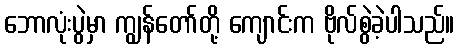
ဘောလုံးပွဲမှာ ကျွန်တော်တို့ ကျောင်းက ဗိုလ်စွဲခဲ့ပါသည်။